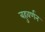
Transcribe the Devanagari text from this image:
बहुवर्णन